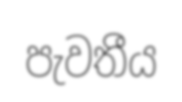
පැවතීය